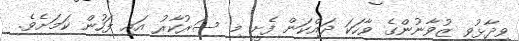
ވިދާޅުވީ ޒުވާނުންގެ ވާހަކަ ދައްކަން ފެށީ މި ސަރުކާރު އައި ފަހުން ކަމަށެވެ.